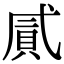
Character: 𢎐